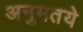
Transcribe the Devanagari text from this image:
अनुमतये